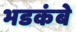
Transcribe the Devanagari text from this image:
भडकंबे